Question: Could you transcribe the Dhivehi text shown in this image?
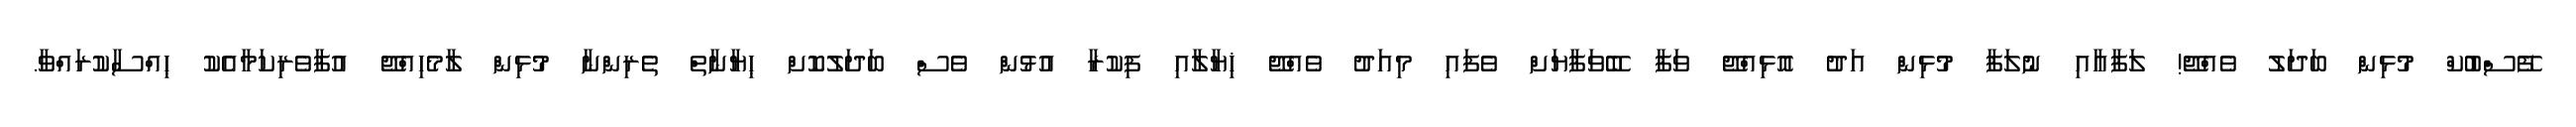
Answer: ފޭސްބުކް މުޅިން ބަދަލު ވެއްޖޭ! ލަފާއާއި ނުލަފާ މުޅިން އަދު އޮޅިއްޖޭ ވަފާ ބޭވަފާޔަށް ވެފައި މިއަދު ވެއްޖޭ ޚިޔާލާއި ފިކުރާ އުޅުން ވެސް ބަދަލުކޮށް ޙިޔާނާތް ތެރިންނާ މުޅިން ލާމެހިއްޖޭ އުފާވެރިކަމާއެކު ޙިއްސާކުރައްވާ.